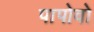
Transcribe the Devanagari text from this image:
पापोवो